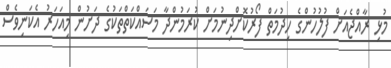
މުޅި ރާއްޖެއަށް ފުލުހުންގެ ހިދުމަތް ފޯރުކޮށްދިނުމަށް ކުރަމުންދާ މަސައްކަތްތަކުގެ ދަށުން މިއަހަރު އެކަނިވެސް